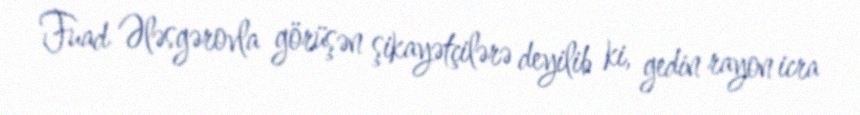
Fuad Ələsgərovla görüşən şikayətçilərə deyilib ki, gedin rayon icra